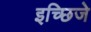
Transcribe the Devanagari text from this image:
इच्छिजे